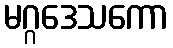
မဂ္ဂဒေသကော